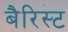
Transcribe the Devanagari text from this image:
बैरिस्ट